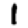
Digit: 1